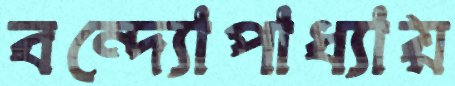
বন্দ্যোপাধ্যায়